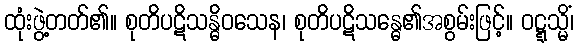
ထုံးဖွဲ့တတ်၏။ စုတိပဋိသန္ဓိဝသေန၊ စုတိပဋိသန္ဓေ၏အစွမ်းဖြင့်။ ဝဋ္ဋသ္မိံ၊